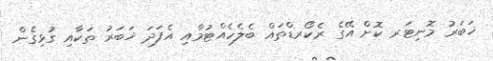
ޚަބަރު މޮނިޓަރ ކޮށް އޭގެ ރެކޯރޑްތައް ބެލެހެއްޓުމާއި އެފަދަ ޚަބަރު ތަކާއި ގުޅިގެން